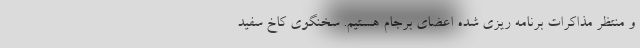
و منتظر مذاکرات برنامه ریزی شده اعضای برجام هستیم. سخنگوی کاخ سفید